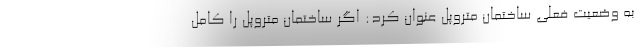
به وضعیت فعلی ساختمان متروپل عنوان کرد: اگر ساختمان متروپل را کامل